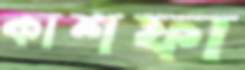
কাশফা